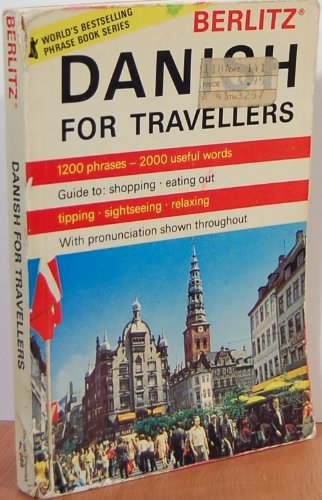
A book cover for Danish For Travellers; Staff of Editions Berlitz; Travel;